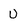
Character: U